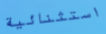
استثنائية